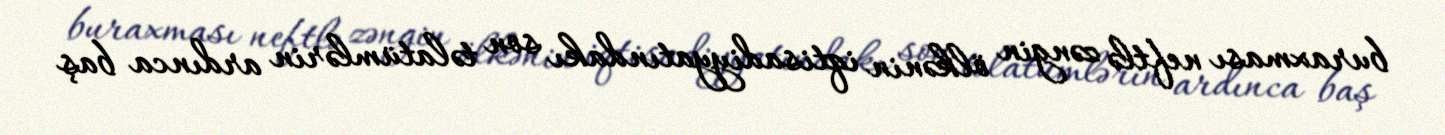
buraxması neftlə zəngin ölkənin iqtisadiyyatındakı son təlatümlərin ardınca baş